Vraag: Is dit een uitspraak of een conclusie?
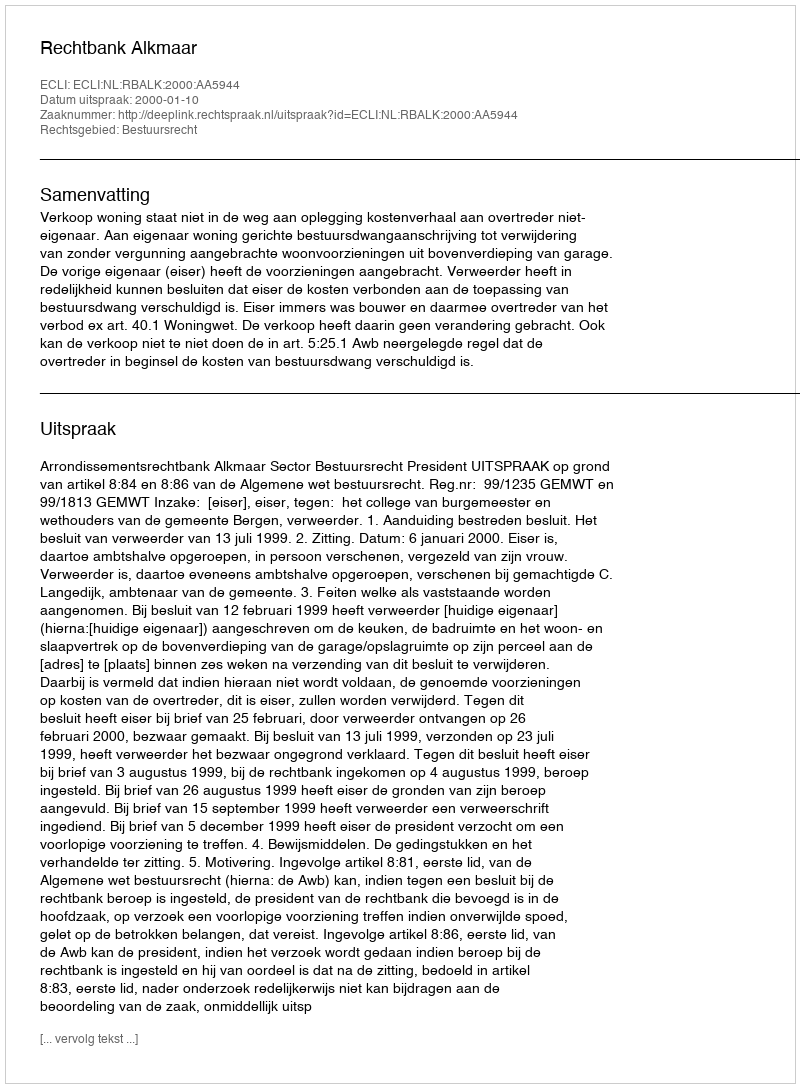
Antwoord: Uitspraak